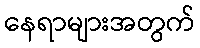
နေရာများအတွက်